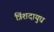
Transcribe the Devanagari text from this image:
त्रिंशदायुध